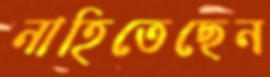
নাহিতেছেন